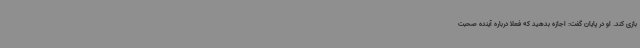
بازی کند. او در پایان گفت: اجازه بدهید که فعلا درباره آینده صحبت